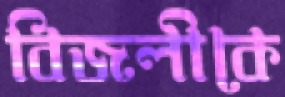
বিজলীকে